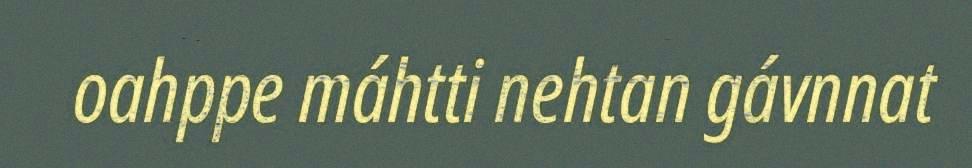
oahppe máhtti nehtan gávnnat